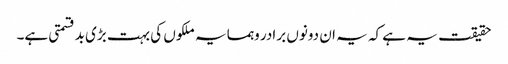
حقیقت یہ ہے کہ یہ ان دونوں برادر وہمسایہ ملکوں کی بہت بڑی بدقسمتی ہے۔